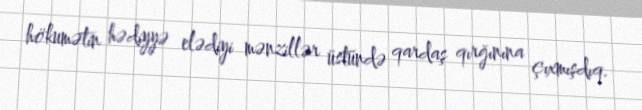
hökumətin hədiyyə elədiyi mənzillər üstündə qardaş qırğınına çıxmışdıq.